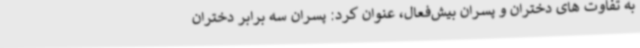
به تفاوت های دختران و پسران بیش‌فعال، عنوان کرد: پسران سه برابر دختران